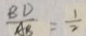
\frac { B D } { A B } = \frac { 1 } { 2 }